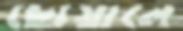
ছোয়ালে